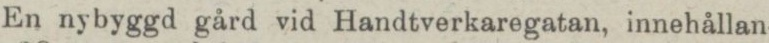
En nybyggd gård vid Handtverkaregatan, innehållan-